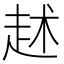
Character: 𧺶